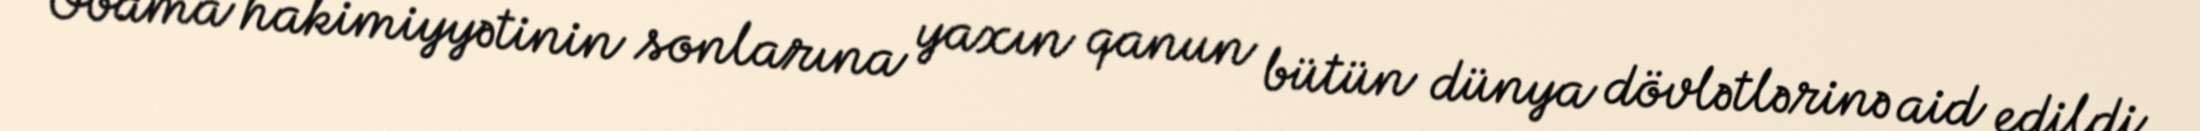
Obama hakimiyyətinin sonlarına yaxın qanun bütün dünya dövlətlərinə aid edildi.